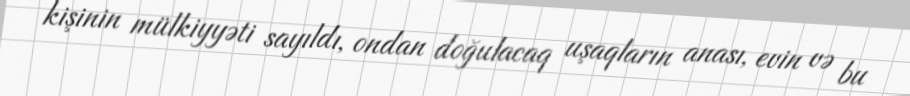
kişinin mülkiyyəti sayıldı, ondan doğulacaq uşaqların anası, evin və bu